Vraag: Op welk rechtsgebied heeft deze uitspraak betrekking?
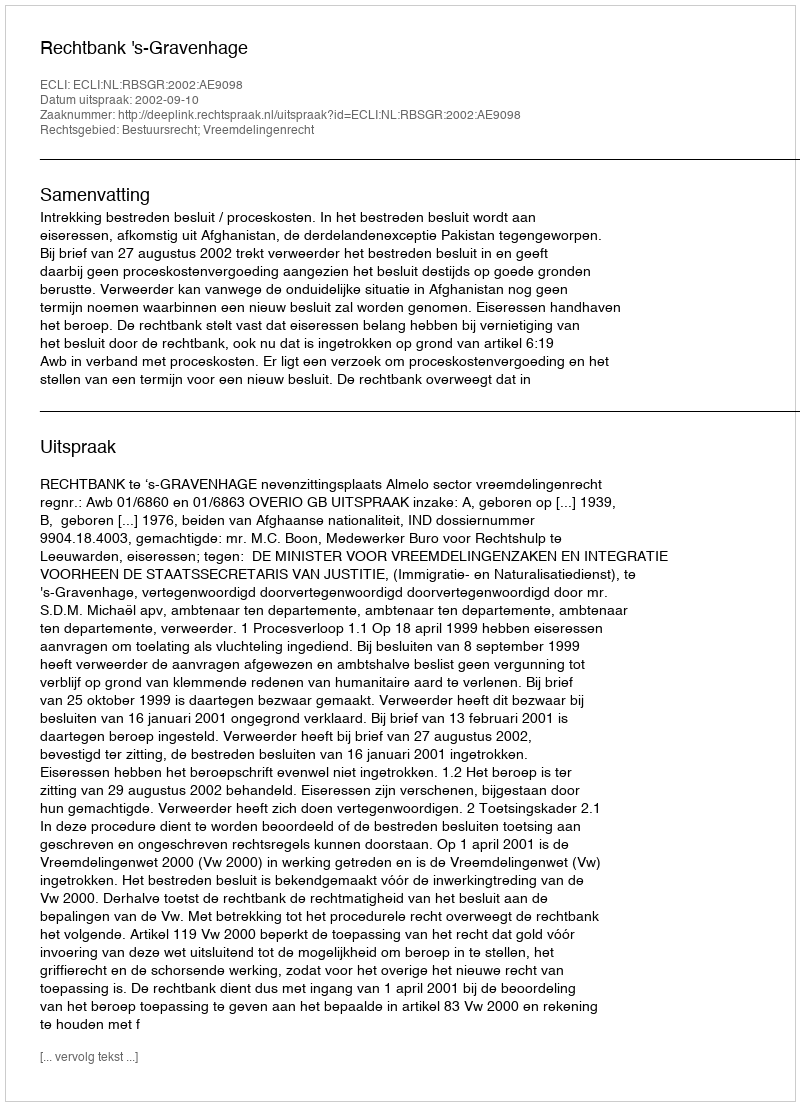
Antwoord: Bestuursrecht; Vreemdelingenrecht